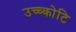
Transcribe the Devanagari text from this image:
उच्च्कोटि